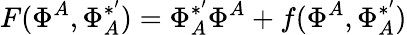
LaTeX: F(\Phi^{A},\Phi_{A}^{*^{\prime}})=\Phi_{A}^{*^{\prime}}\Phi^{A}+f(\Phi^{A},\Phi_{A}^{*^{\prime}})